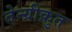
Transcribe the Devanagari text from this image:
तेन्ग्रीक़ुत